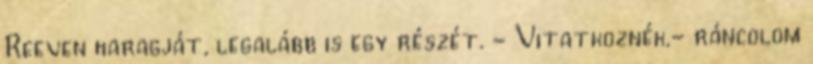
Reeven haragját, legalább is egy részét. - Vitatkoznék.- ráncolom